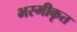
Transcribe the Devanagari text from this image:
भस्मीकृत